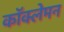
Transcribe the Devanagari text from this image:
कॉक्लेमन